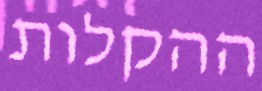
ההקלות